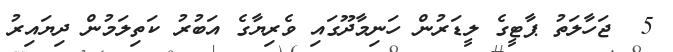
5  ޖަހާލަތު ޕާޓީގެ ލީޑަރުން ހަނިމާދޫގައި ވެރިޔާގެ އަބުރު ކަތިލަމުން ދިޔައިރު